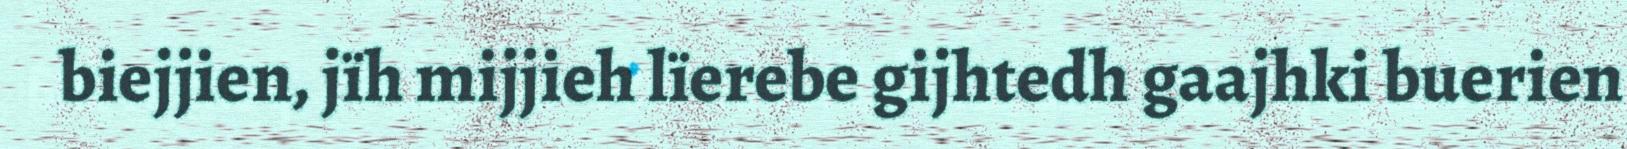
biejjien, jïh mijjieh lïerebe gijhtedh gaajhki buerien